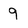
Character: 9